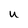
Character: u